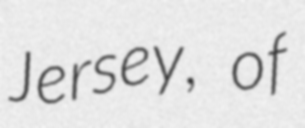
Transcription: Jersey, of